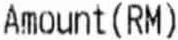
AMOUNT(RM)